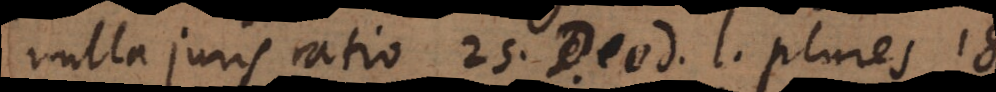
nulla juris ratio 25. D., eod. l. plures 18.